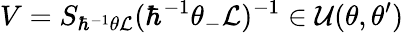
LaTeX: V=S_{\hbar^{-1}\theta{\cal L}}(\hbar^{-1}\theta_{-}{\cal L})^{-1}\in{\cal U}(\theta,\theta^{\prime})